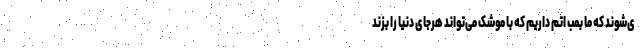
ی‌شوند که ما بمب اتم داریم که با موشک می‌تواند هرجای دنیا را بزند